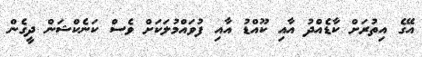
އޭގެ އިތުރަށް ކާޑެއްދު އާއި ކޫއްޑު އާއި ފުވައްމުލަކަށް ވެސް ކަނެކްޝަން ދީގެން